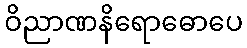
ဝိညာဏနိရောဓောပေ